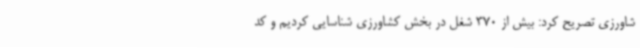
شاورزی تصریح کرد: بیش از 370 شغل در بخش کشاورزی شناسایی کردیم و کد